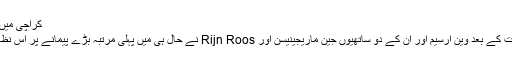
کراچی میں فضائی آلودگی کا ایک منظر
اس نظام کے لیبارٹری تجربات کے بعد وین ارسیم اور ان کے دو ساتھیوں جین ماریجینیسن اور Rijn Roos نے حال ہی میں پہلی مرتبہ بڑے پیمانے پر اس نظام کی جانچ کی ابتداء کی ہے۔